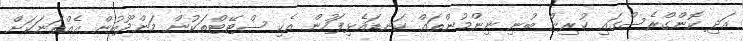
އަދި ކޮންގްރެސްގައި ކުރިން ބުނި ނިންމުންތައް ކަނޑައެޅިފަހުން އެކި ސްޓޭޓްތަކުން މަންދޫބުން އެއްތަނަކަށް